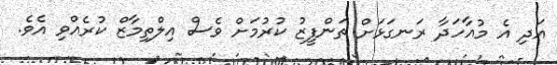
އަދި އެ މުއާހަދާ ރަނގަޅަށް ތަންފީޒު ކުރުމަށް ވެސް އިލްތިމާޒް ކުރެއްވި އެވެ.